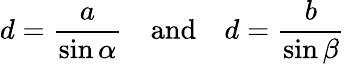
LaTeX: d={\frac{a}{\sin\alpha}}\quad{\mathrm{and}}\quad d={\frac{b}{\sin\beta}}